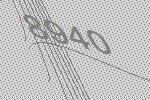
8940